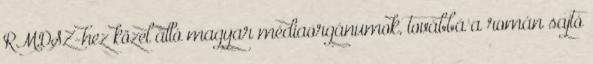
RMDSZ-hez közel álló magyar médiaorgánumok, továbbá a román sajtó